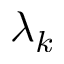
\lambda _ { k }